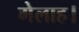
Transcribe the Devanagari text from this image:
गेलाह।